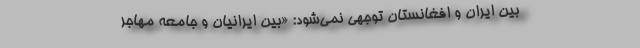
بین ایران و افغانستان توجهی نمی‌شود: «بین ایرانیان و جامعه مهاجر